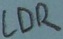
Text: LDR